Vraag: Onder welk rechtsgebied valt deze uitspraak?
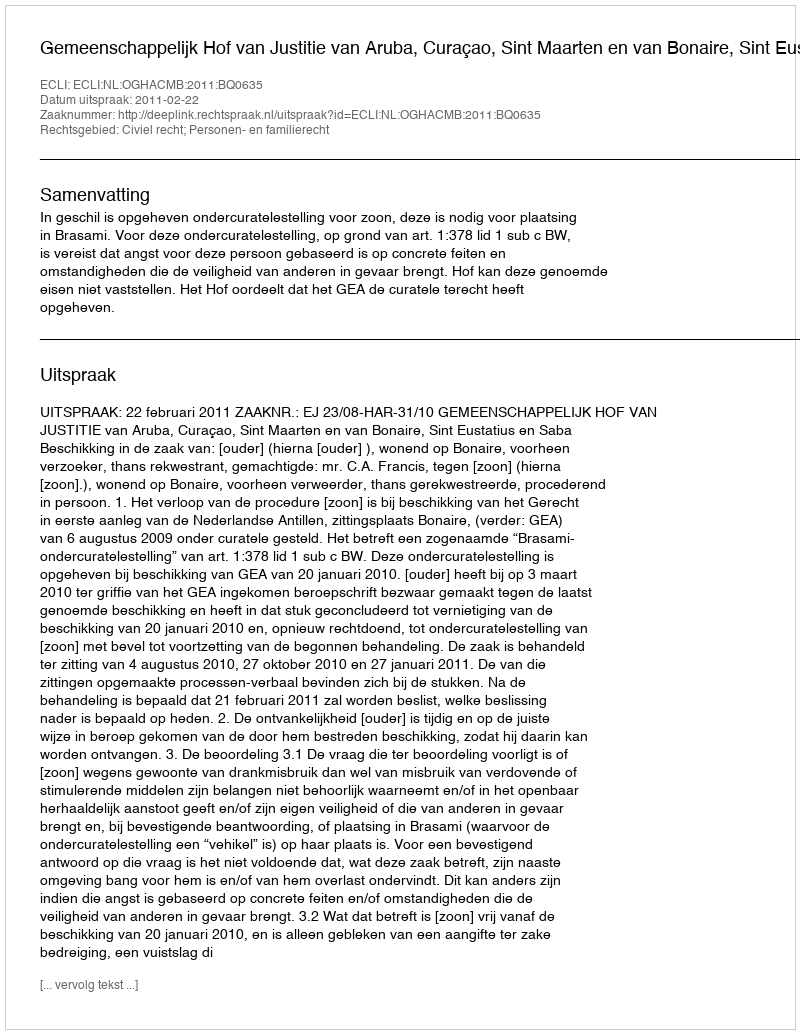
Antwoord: Civiel recht; Personen- en familierecht